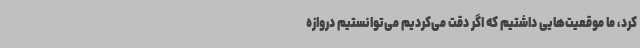
کرد، ما موقعیت‌هایی داشتیم که اگر دقت می‌کردیم می‌توانستیم دروازه